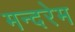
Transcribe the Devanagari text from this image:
मन्दरेम